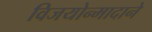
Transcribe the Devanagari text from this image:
विजयोन्मादाने